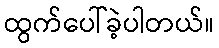
ထွက်ပေါ်ခဲ့ပါတယ်။